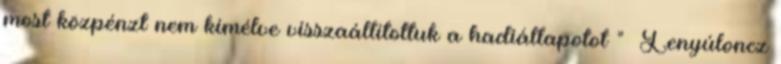
most közpénzt nem kímélve visszaállítottuk a hadiállapotot ” Lenyúloncz